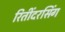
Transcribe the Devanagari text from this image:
रितींदरसिंग